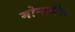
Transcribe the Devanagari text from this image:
मोनक्रीफ़